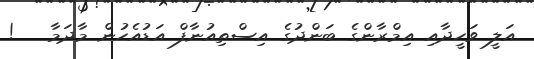
އަލީ ވަހީދާއި އިމްރާންގެ ބަންދުގެ އިސްތިއުނާފް އަޑުއެހުން މާދަމާ   !